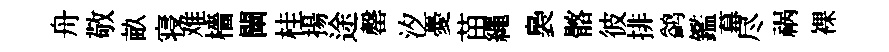
舟敬畝寝难檣闡桂揚途罄汐憂苗繩裊髂彼排鹢鑑幕尽祸裸